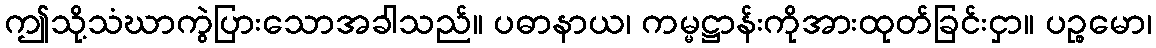
ဤသို့သံဃာကွဲပြားသောအခါသည်။ ပဓာနာယ၊ ကမ္မဋ္ဌာန်းကိုအားထုတ်ခြင်းငှာ။ ပဉ္စမော၊